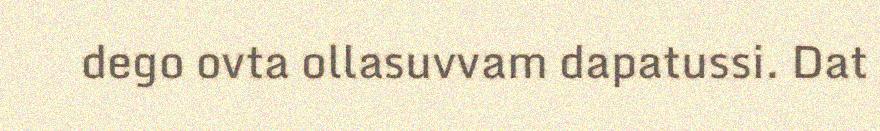
dego ovta ollasuvvam dapatussi. Dat